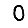
Digit: 0